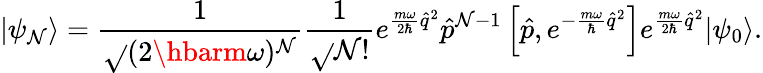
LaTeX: |\psi_{\mathcal{N}}\rangle=\frac{{1}}{{\sqrt{}{{(2\hbarm\omega)^{\mathcal{N}}}}}}\frac{{1}}{{\sqrt{}{{\mathcal{N}!}}}}e^{\frac{{m\omega}}{{2\hbar}}\hat{{q}}^{2}}\hat{{p}}^{\mathcal{N}-1}\left[\hat{{p}},e^{-\frac{{m\omega}}{{\hbar}}\hat{{q}}^{2}}\right]e^{\frac{{m\omega}}{{2\hbar}}\hat{{q}}^{2}}|\psi_{0}\rangle.